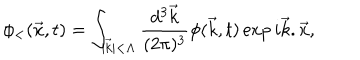
\phi _ { < } ( \vec { x } , t ) = \int _ { \vert \vec { k } \vert < \Lambda } { \frac { d ^ { 3 } \vec { k } } { ( 2 \pi ) ^ { 3 } } } \phi ( \vec { k } , t ) \exp { i \vec { k } . \vec { x } } ,